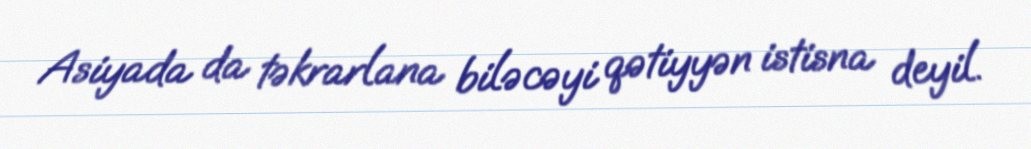
Asiyada da təkrarlana biləcəyi qətiyyən istisna deyil.